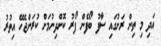
އަދި މި ތިން ރަށުގައި ސާފު ބޯފެން ފޯރު ކޮށްދިނުމަށް ކުރަންޖެހޭ އިތުރު